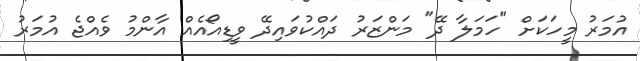
އުމަރު މީހަކަށް "ހަމަލާ ދޭ" މަންޒަރު ދައްކުވައިދޭ ވީޑިއޯއެއް އާންމު ވެއްޖެ އުމަރު